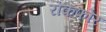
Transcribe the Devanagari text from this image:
रोकफोर